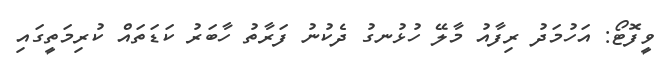
ވީފޮޓޯ: އަހުމަދު ރިފާއު މާލޭ ހުޅުނގު ދެކުނު ފަރާތު ހާބަރު ކަޑަތައް ކުރިމަތީގައި